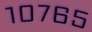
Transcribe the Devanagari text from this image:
१०७६५